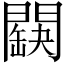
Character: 𨶏